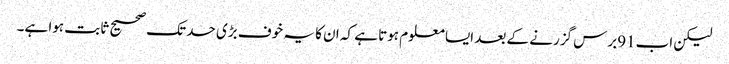
لیکن اب91برس گزرنے کے بعد ایسا معلوم ہوتا ہے کہ ان کا یہ خوف بڑی حد تک صحیح ثابت ہوا ہے۔